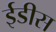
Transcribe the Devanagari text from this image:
ईडीस